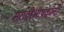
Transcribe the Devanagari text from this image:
मराठीभाषकांनी